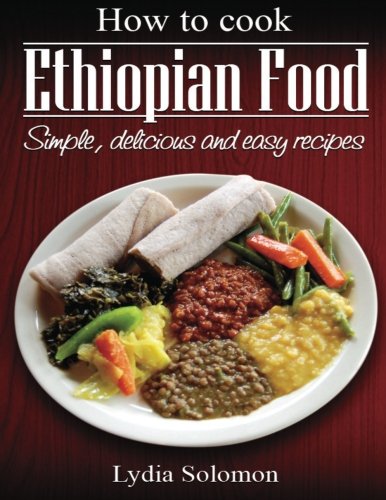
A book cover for How To Cook Ethiopian Food: simple, delicious and easy recipes; Lydia Solomon; Cookbooks, Food & Wine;